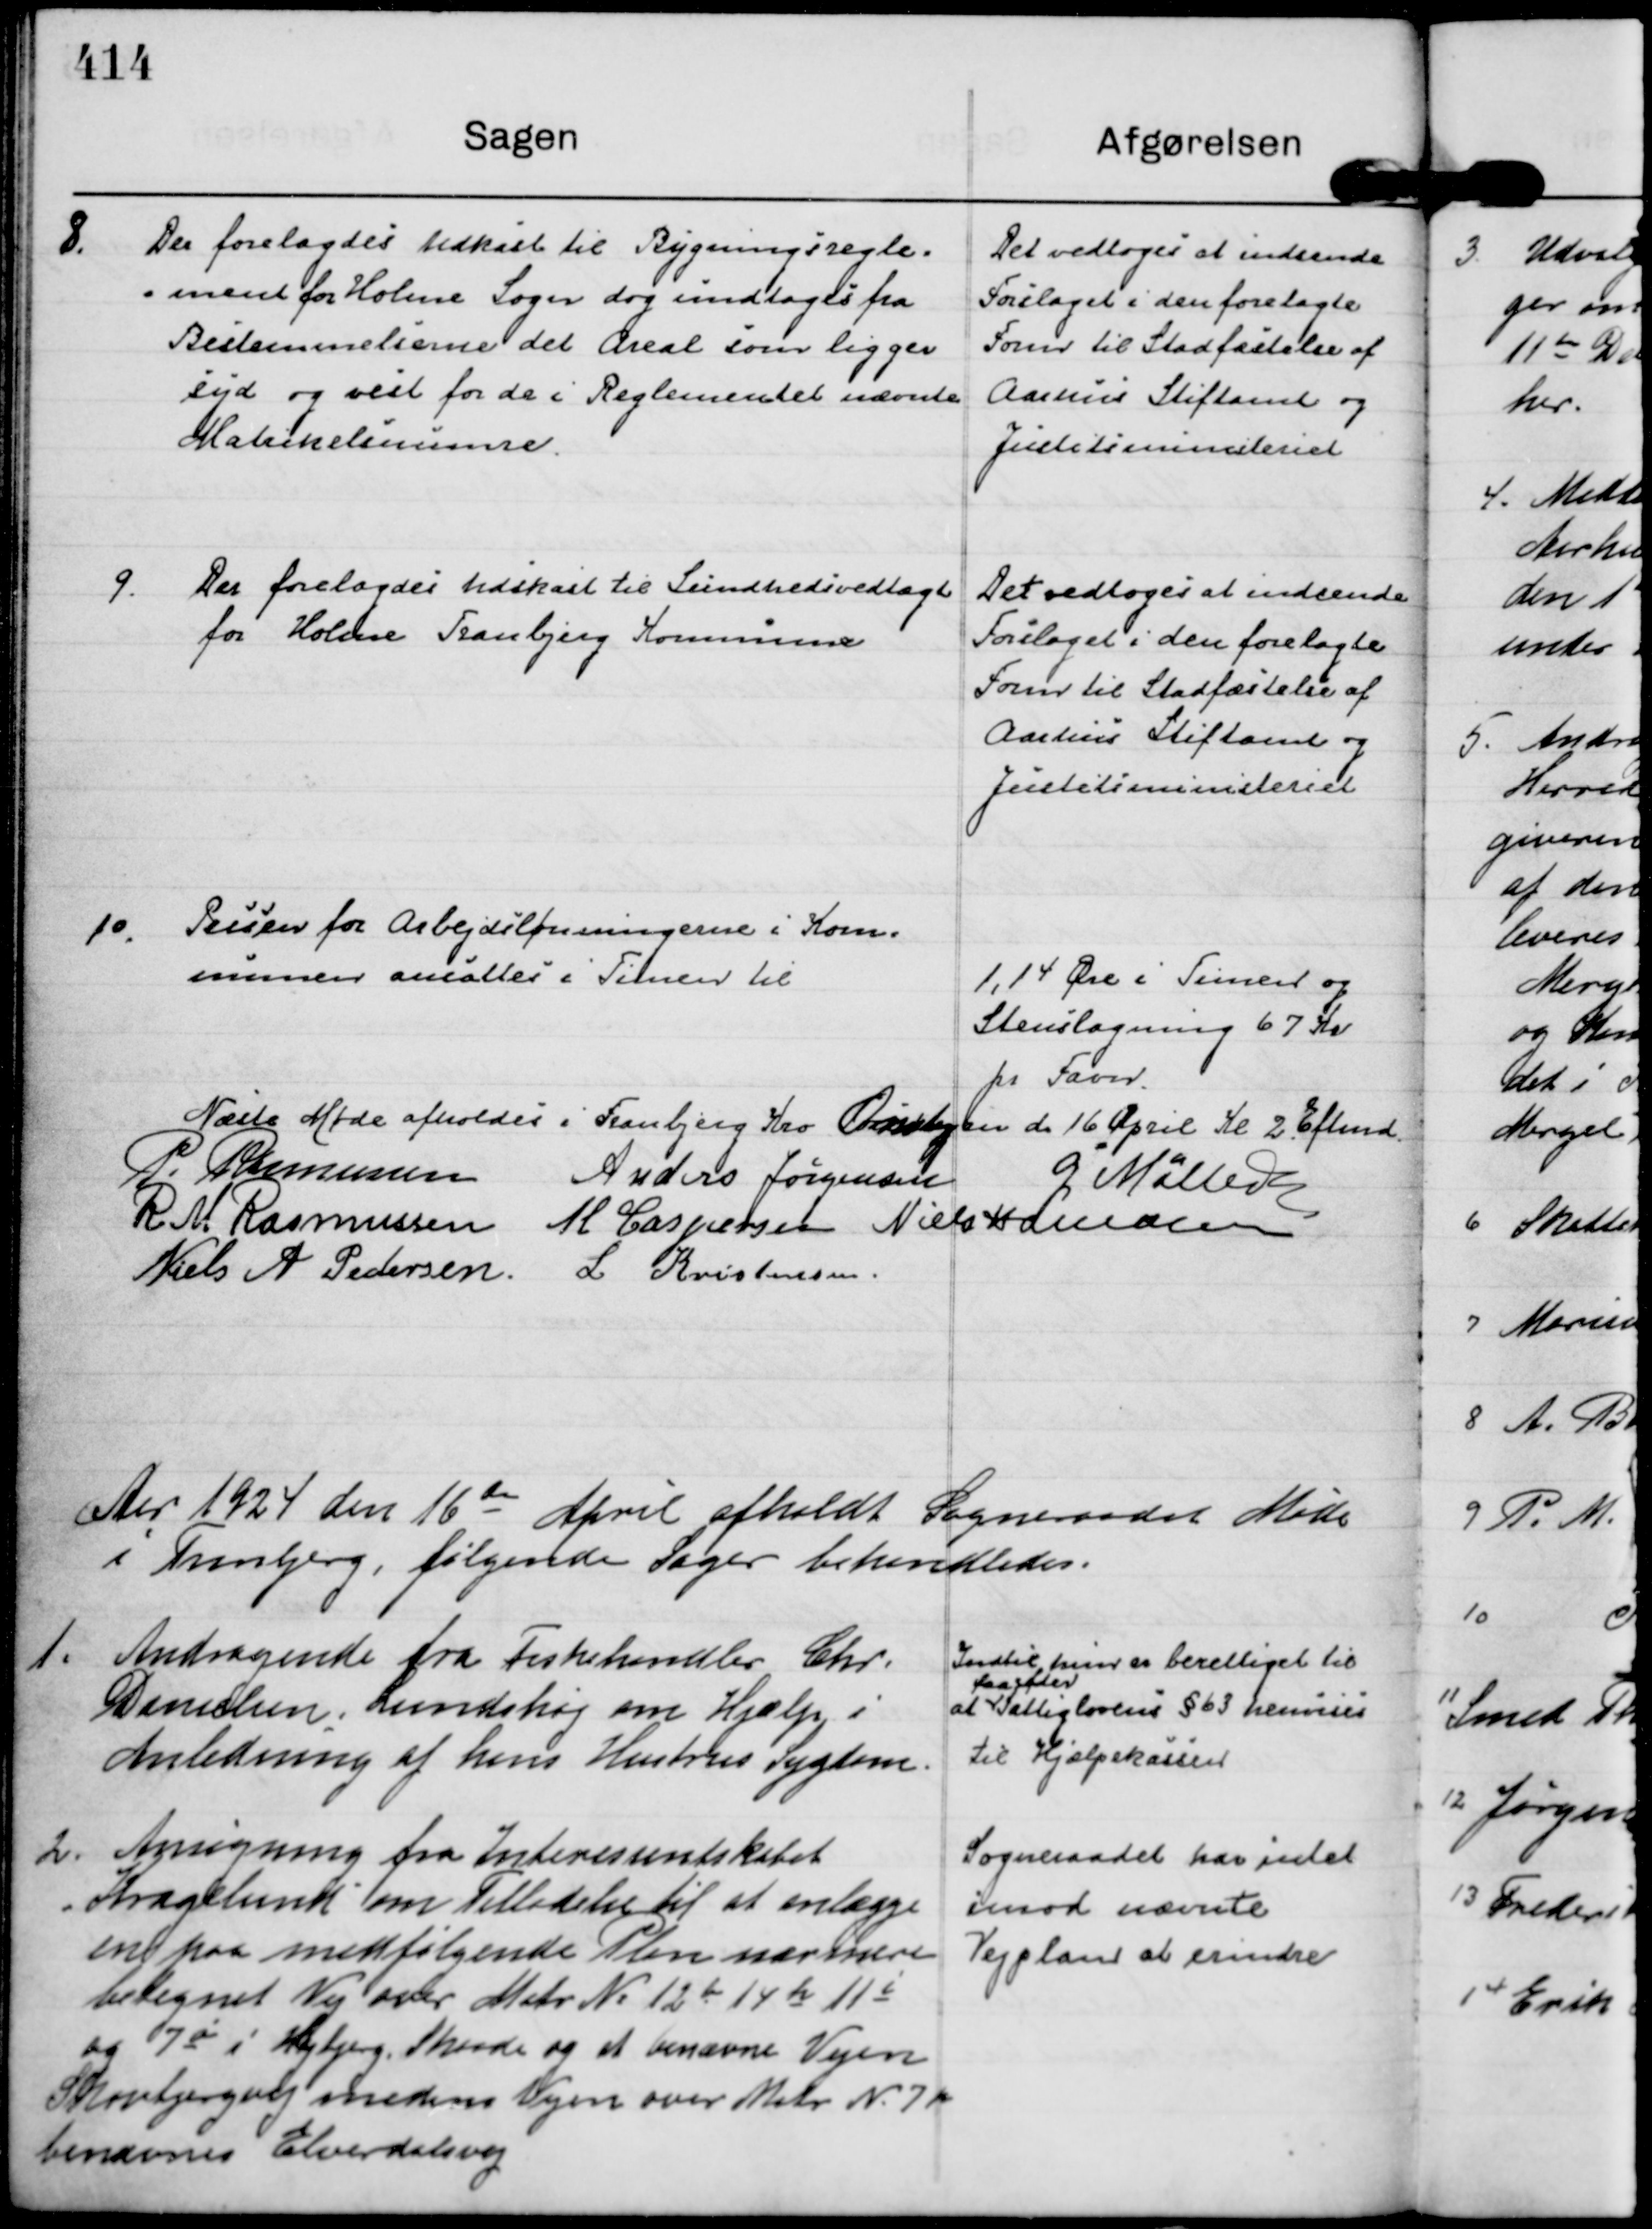
Transskription:
8.
Der forelagdes Udkast til Bygningsregle=
=ment for Holme Sogn dog undtoges fra
Bestemmelserne det Areal som ligger
syd og vest for de i Reglementet nævnte
Matrikelsnumre.

Det vedtoges at indsende
Forslaget i den forelagte
Form til Stadfæstelse af
Aarhus Stiftamt og
Justitsministeriet

9.
Der forelagdes Udskast til Sundhedsvedtægt
for Holme Tranbjerg Kommune

Det vedtoges at indsende
Forslaget i den forelagte
Form til Stadfæstelse af
Aarhus Stiftamt og
Justitsministeriet

10.
Prisen for Arbejdslønningerne i Kom=
munen ansattes i Timen til

1,14 Øre i Timen og
Stenslagning 67 Kr
pr Favn.

Næste Møde afholdes i Tranbjerg Kro Onsdagen d 16 April kl 2. Eftmd.
P. Rasmussen
Anders Jørgensen
G Møller
R M Rasmussen
M Caspersen
Niels Hamann
Niels A Pedersen.
L Kristensen.

Aar 1924 den 16 de April afholdt Sogneraadet Møde  
i Tranbjerg, følgende Sager behandledes.

1.
Andragende fra Fiskehandler Chr.
Danielsen, Lundshøj om Hjælp i
Anledning af hans Hustrus Sygdom.

Indtil hun er bevilliget til
at
faa efter 
Fattiglovens § 63 henvises
til Hjælpekassen

2.
Ansøgning fra Interessentskabet
"Kragelund"

om Tilladelse til at anlægge
en paa medfølgende Plan nærmere
betegnet Vej over Matr N: 12 b 14 h 11 i
og 7 ø i Højbjerg, Skaade og at benævne Vejen
Skovbjergvej medens Vejen over Matr N. 7 p
benævnes Elverdalsvej

Sogneraadet har intet
imod nævnte
Vejplan at erindre